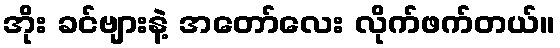
အိုး ခင်ဗျားနဲ့ အတော်လေး လိုက်ဖက်တယ်။